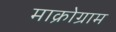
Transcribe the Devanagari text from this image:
माक्रोग्राम